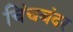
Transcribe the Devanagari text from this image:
चिंचबंदर